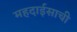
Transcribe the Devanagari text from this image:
महदाईसाची